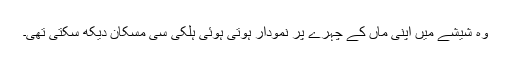
وہ شیشے میں اپنی ماں کے چہرے پر نمودار ہوتی ہوئی ہلکی سی مسکان دیکھ سکتی تھی۔